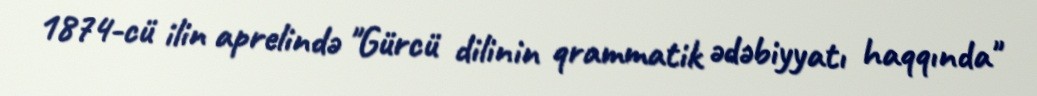
1874-cü ilin aprelində "Gürcü dilinin qrammatik ədəbiyyatı haqqında"